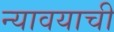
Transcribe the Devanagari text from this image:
न्यावयाची